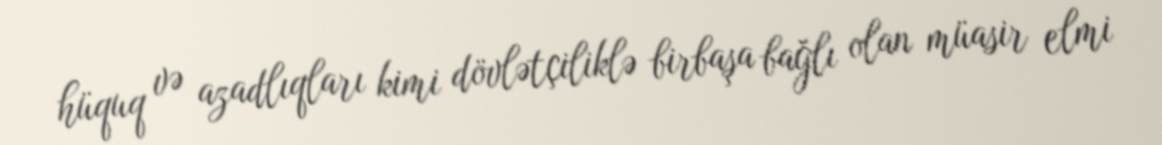
hüquq və azadlıqları kimi dövlətçiliklə birbaşa bağlı olan müasir elmi